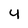
Character: 4